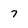
Character: 7